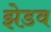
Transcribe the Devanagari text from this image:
झेडव